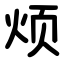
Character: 烦